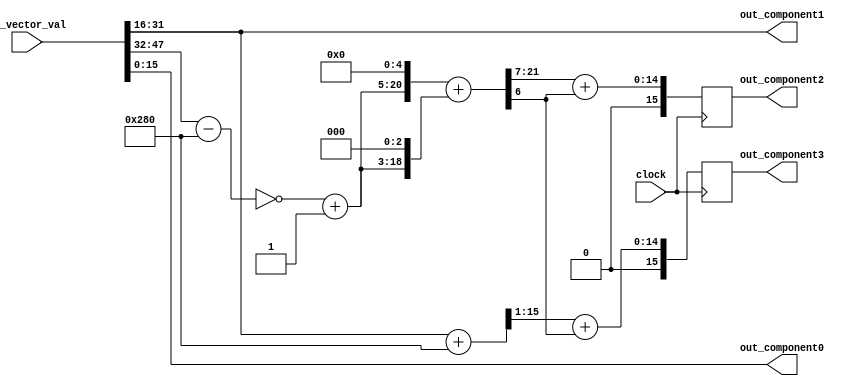
// PROTOTYPE by Jacob Pike
// Currently hasn't been tested, but is pretty simple
// Module for extracting 4 components from a value from a vector register
							// Inputs:
								// 1 64-bit value from a vector register
module VectorComponentExtractor(in_vector_val, clock,
							// Outputs:
								// 4 16-bit values extracted for 4 components of input vector value
								// component0 is least significant bits, component3 is most significant bits
								out_component0,
								out_component1,
								out_component2,
								out_component3);
								
	// input/output declarations
	input [63:0] in_vector_val;
	output [15:0] out_component0;
	output [15:0] out_component1;
	output [15:0] out_component2;
	output [15:0] out_component3;
	input clock;
	
	reg [21:0]compx;
	reg [21:0]compy;
	reg [15:0]in_compx;
	reg [15:0]in_compy;
	reg [15:0]interm_compy;
  reg [15:0]out_compx;
	reg [15:0]out_compy;
	reg [15:0]temp5 = (15'd5<<7);
	
	always @(posedge clock) begin
	  
	  //I used blocking assignments here because this work needs to be executed serially.
	  
	  in_compy = in_vector_val[47:32];
 	  in_compx = in_vector_val[31:16];
 	  //Add 5 to input to move origin to left hand side of plane
 	  //shift by 6 to multiply by the constant scaling factor of 64
 	  /*if(in_compx[15]==1'b1) begin
 	    compx[21:0] = ({1'b1 , ~in_compx[14:0] + 1'b1} + temp5[15:0])<<6;
 	  end
 	  else begin 
 	    compx[21:0] =(in_compx[15:0] + temp5[15:0])<<6;
 	  end*/
 	  compx[21:0] = (in_compx[15:0] + temp5[15:0]) << 6;
 	  //subtract 5 from the to move the origin to the top of the plane
 	  /*if(in_compy[15]==1'b0) begin
 	    interm_compy[15:0] = ~(in_compy[15:0] - temp5[15:0]) + 1'b1;
 	  end
 	  else begin 
 	    interm_compy[15:0] = ~( {1'b1 , ~in_compy[14:0] + 1'b1} - temp5[15:0]) + 1'b1;
 	  end*/
	  interm_compy[15:0] = ~(in_compy[15:0] - temp5[15:0]) + 1;
	  //Adding these 2 shifted values is the same as mult. by 40
	  compy = (interm_compy[15:0]<<5) + (interm_compy[15:0]<<3);
	  
	  //Somehow truncate the fixed point values
	  out_compy[14:0] <= compy[21:7] + compy[6];
	  out_compy[15] <= 1'b0;
	  out_compx[14:0] <= compx[21:7] + compy[6];
	  out_compx[15] <= 1'b0;
	end 
	  
	
	// wire assignments - extracts components from vector value
	assign out_component0 = in_vector_val[15:0];
	assign out_component1 = in_vector_val[31:16];
	assign out_component2 = out_compy[15:0];
	assign out_component3 = out_compx[15:0];

endmodule